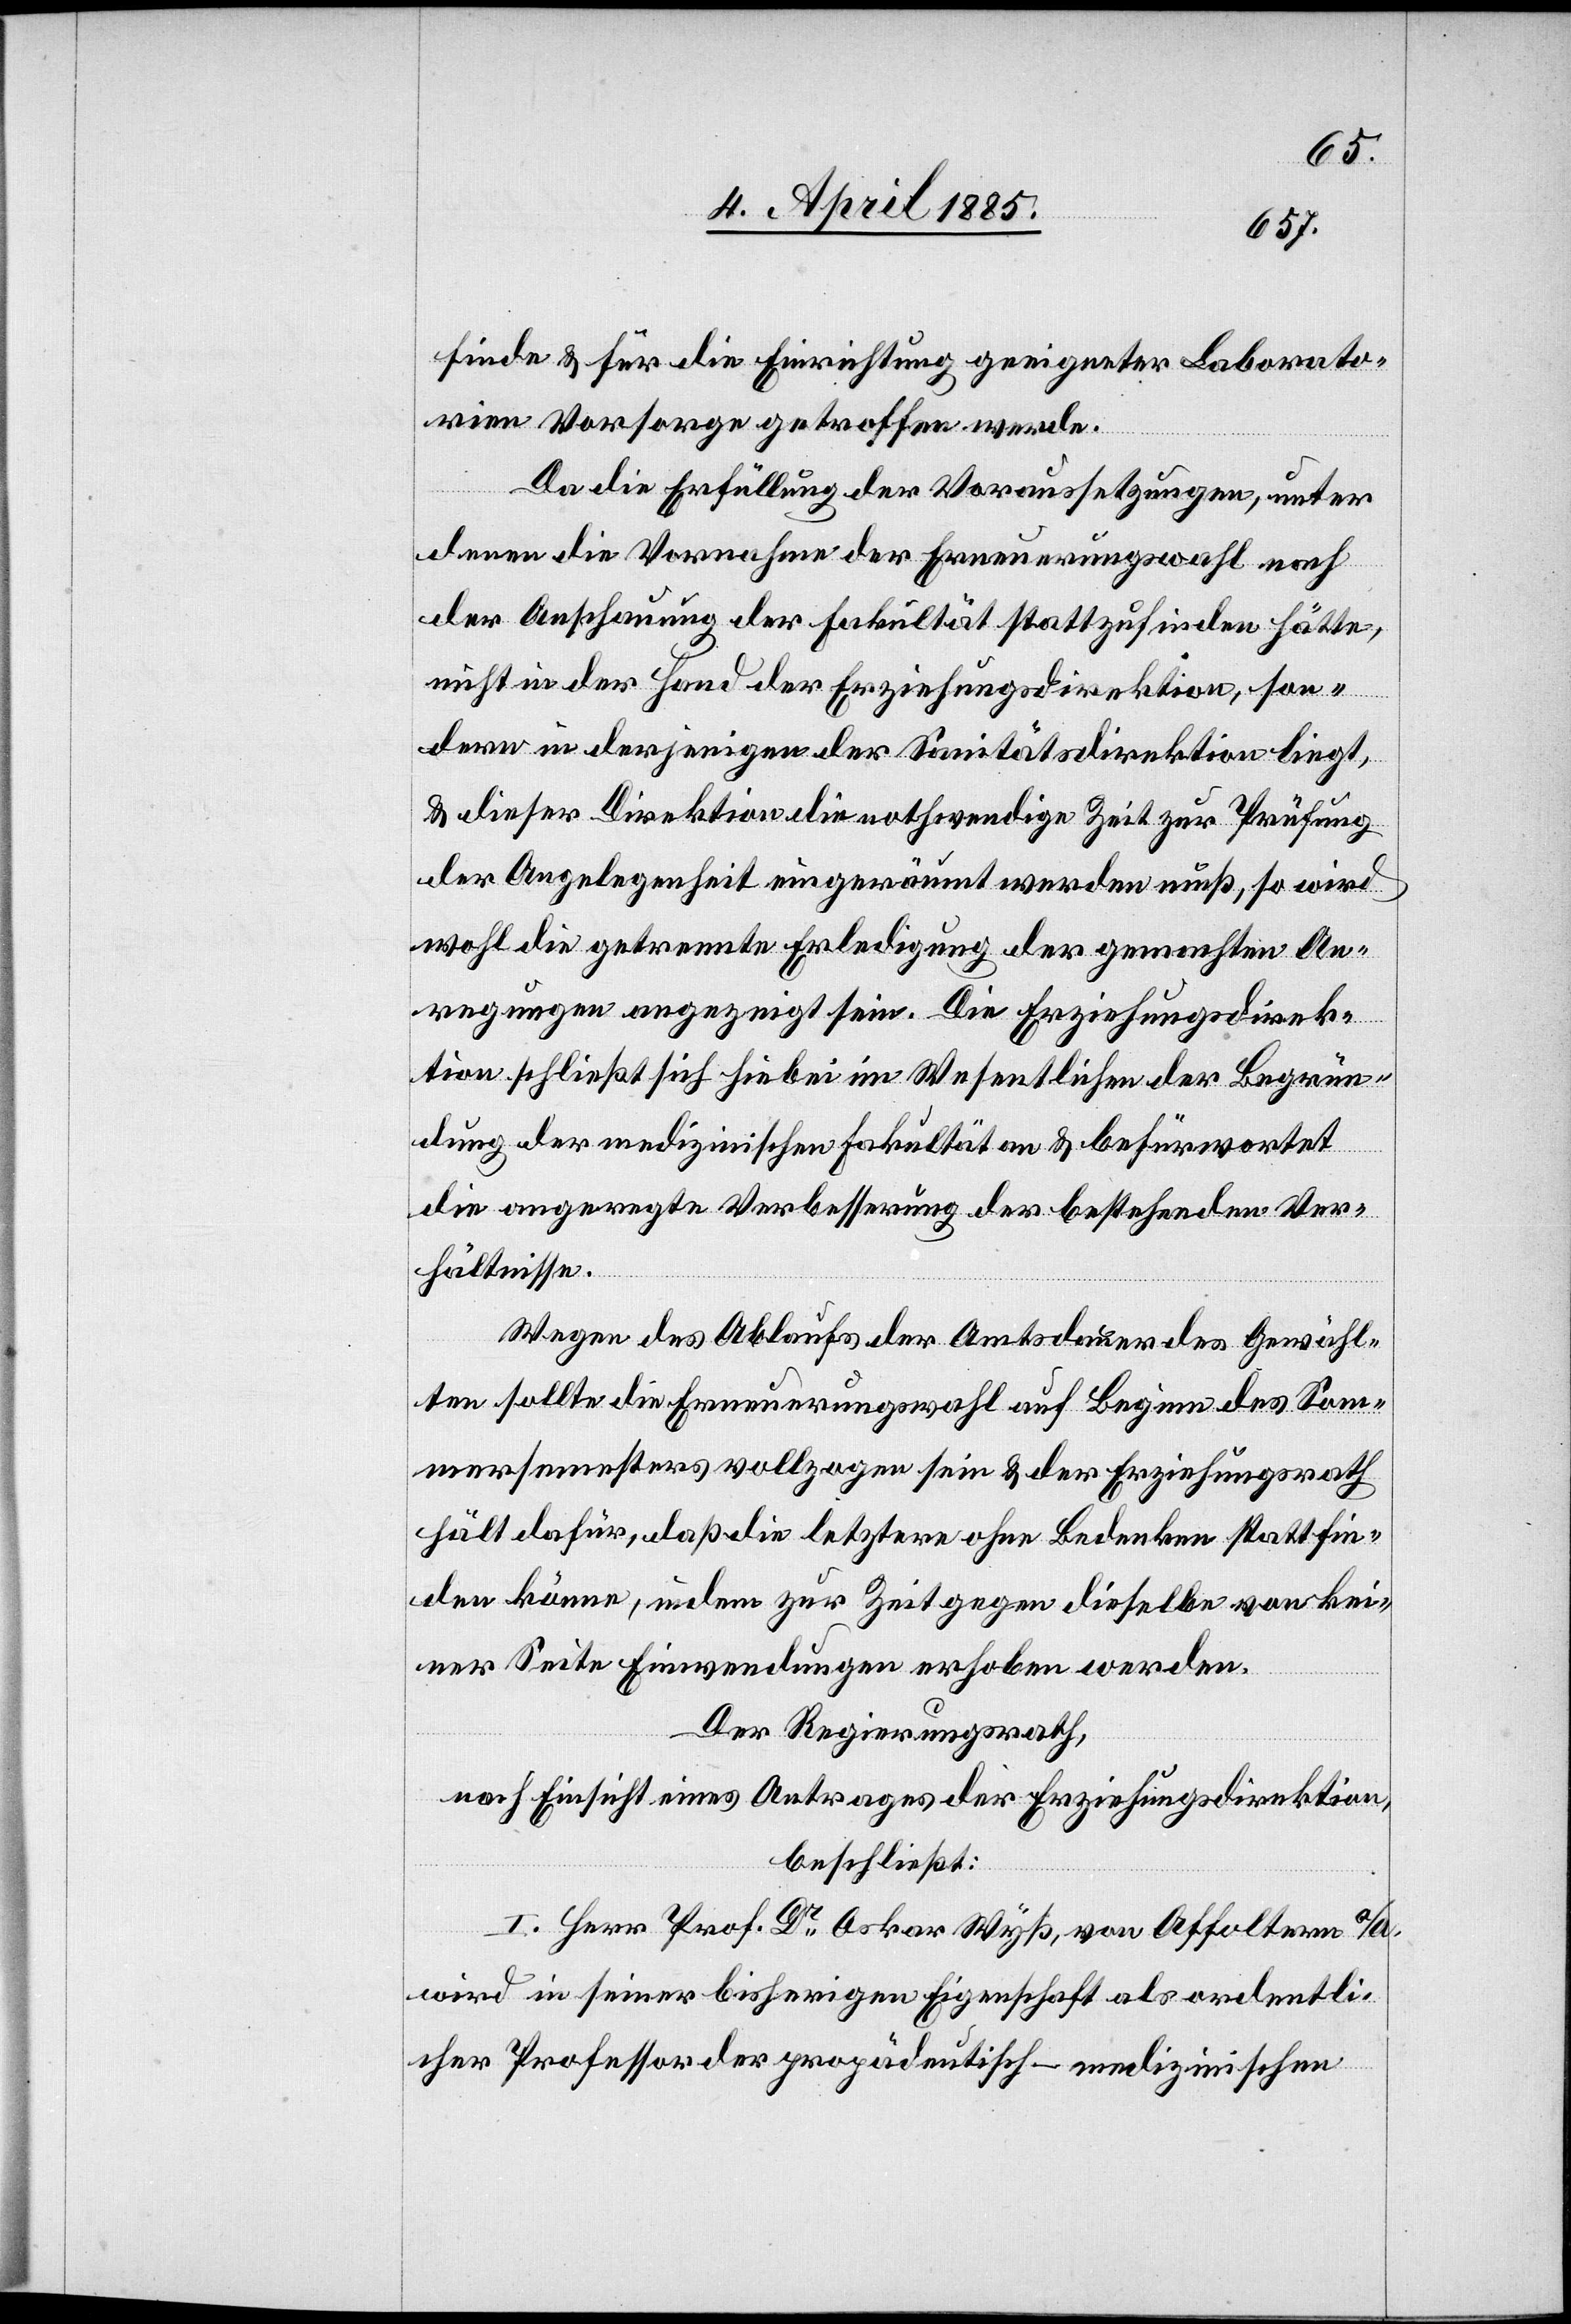
finde & für die Einrichtung geeigneter Laborato¬
rien Vorsorge getroffen werde.
Da die Erfüllung der Voraussetzungen, unter
denen die Vornahme der Erneuerungswahl nach
der Anschauung der Fakultät stattzufinden hätte,
nicht in der Hand der Erziehungsdirektion, son¬
dern in derjenigen der Sanitätsdirektion liegt,
& dieser Direktion die nothwendige Zeit zur Prüfung
der Angelegenheit eingeräumt werden muß, so wird
wohl die getrennte Erledigung der gemachten An¬
regungen angezeigt sein. Die Erziehungsdirek¬
tion schließt sich hiebei im Wesentlichen der Begrün¬
dung der medizinischen Fakultät an & befürwortet
angeregte Verbesserung der bestehenden Ver¬
hältnisse.
Wegen des Ablaufs der Amtsdauer des Gewähl¬
ten sollten die Erneuerungswahl auf Beginn des Som¬
mersemesters vollzogen sein & der Erziehungsrath
hält dafür, daß die letztere ohne Bedenken stattfin¬
den könne, indem zur Zeit gegen dieselbe von kei¬
ner Seite Einwendungen erhoben werden.
Der Regierungsrath,
nach Einsicht eines Antrages der Erziehungsdirektion,
beschließt:
I. Herr Prof. Dr Oskar Wyß, von Affoltern a/A.
wird in seiner bisherigen Eigenschaft als ordentli¬
cher Professor oder propädeutisch-medizinischen